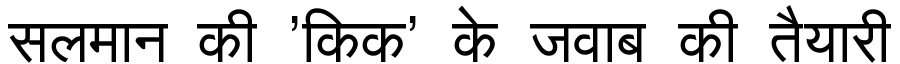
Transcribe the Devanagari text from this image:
सलमान की 'किक' के जवाब की तैयारी